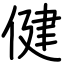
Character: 健